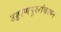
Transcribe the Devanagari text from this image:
उड्डाणपुलांवरून